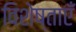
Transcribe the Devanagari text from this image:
विशेष्ताएँ